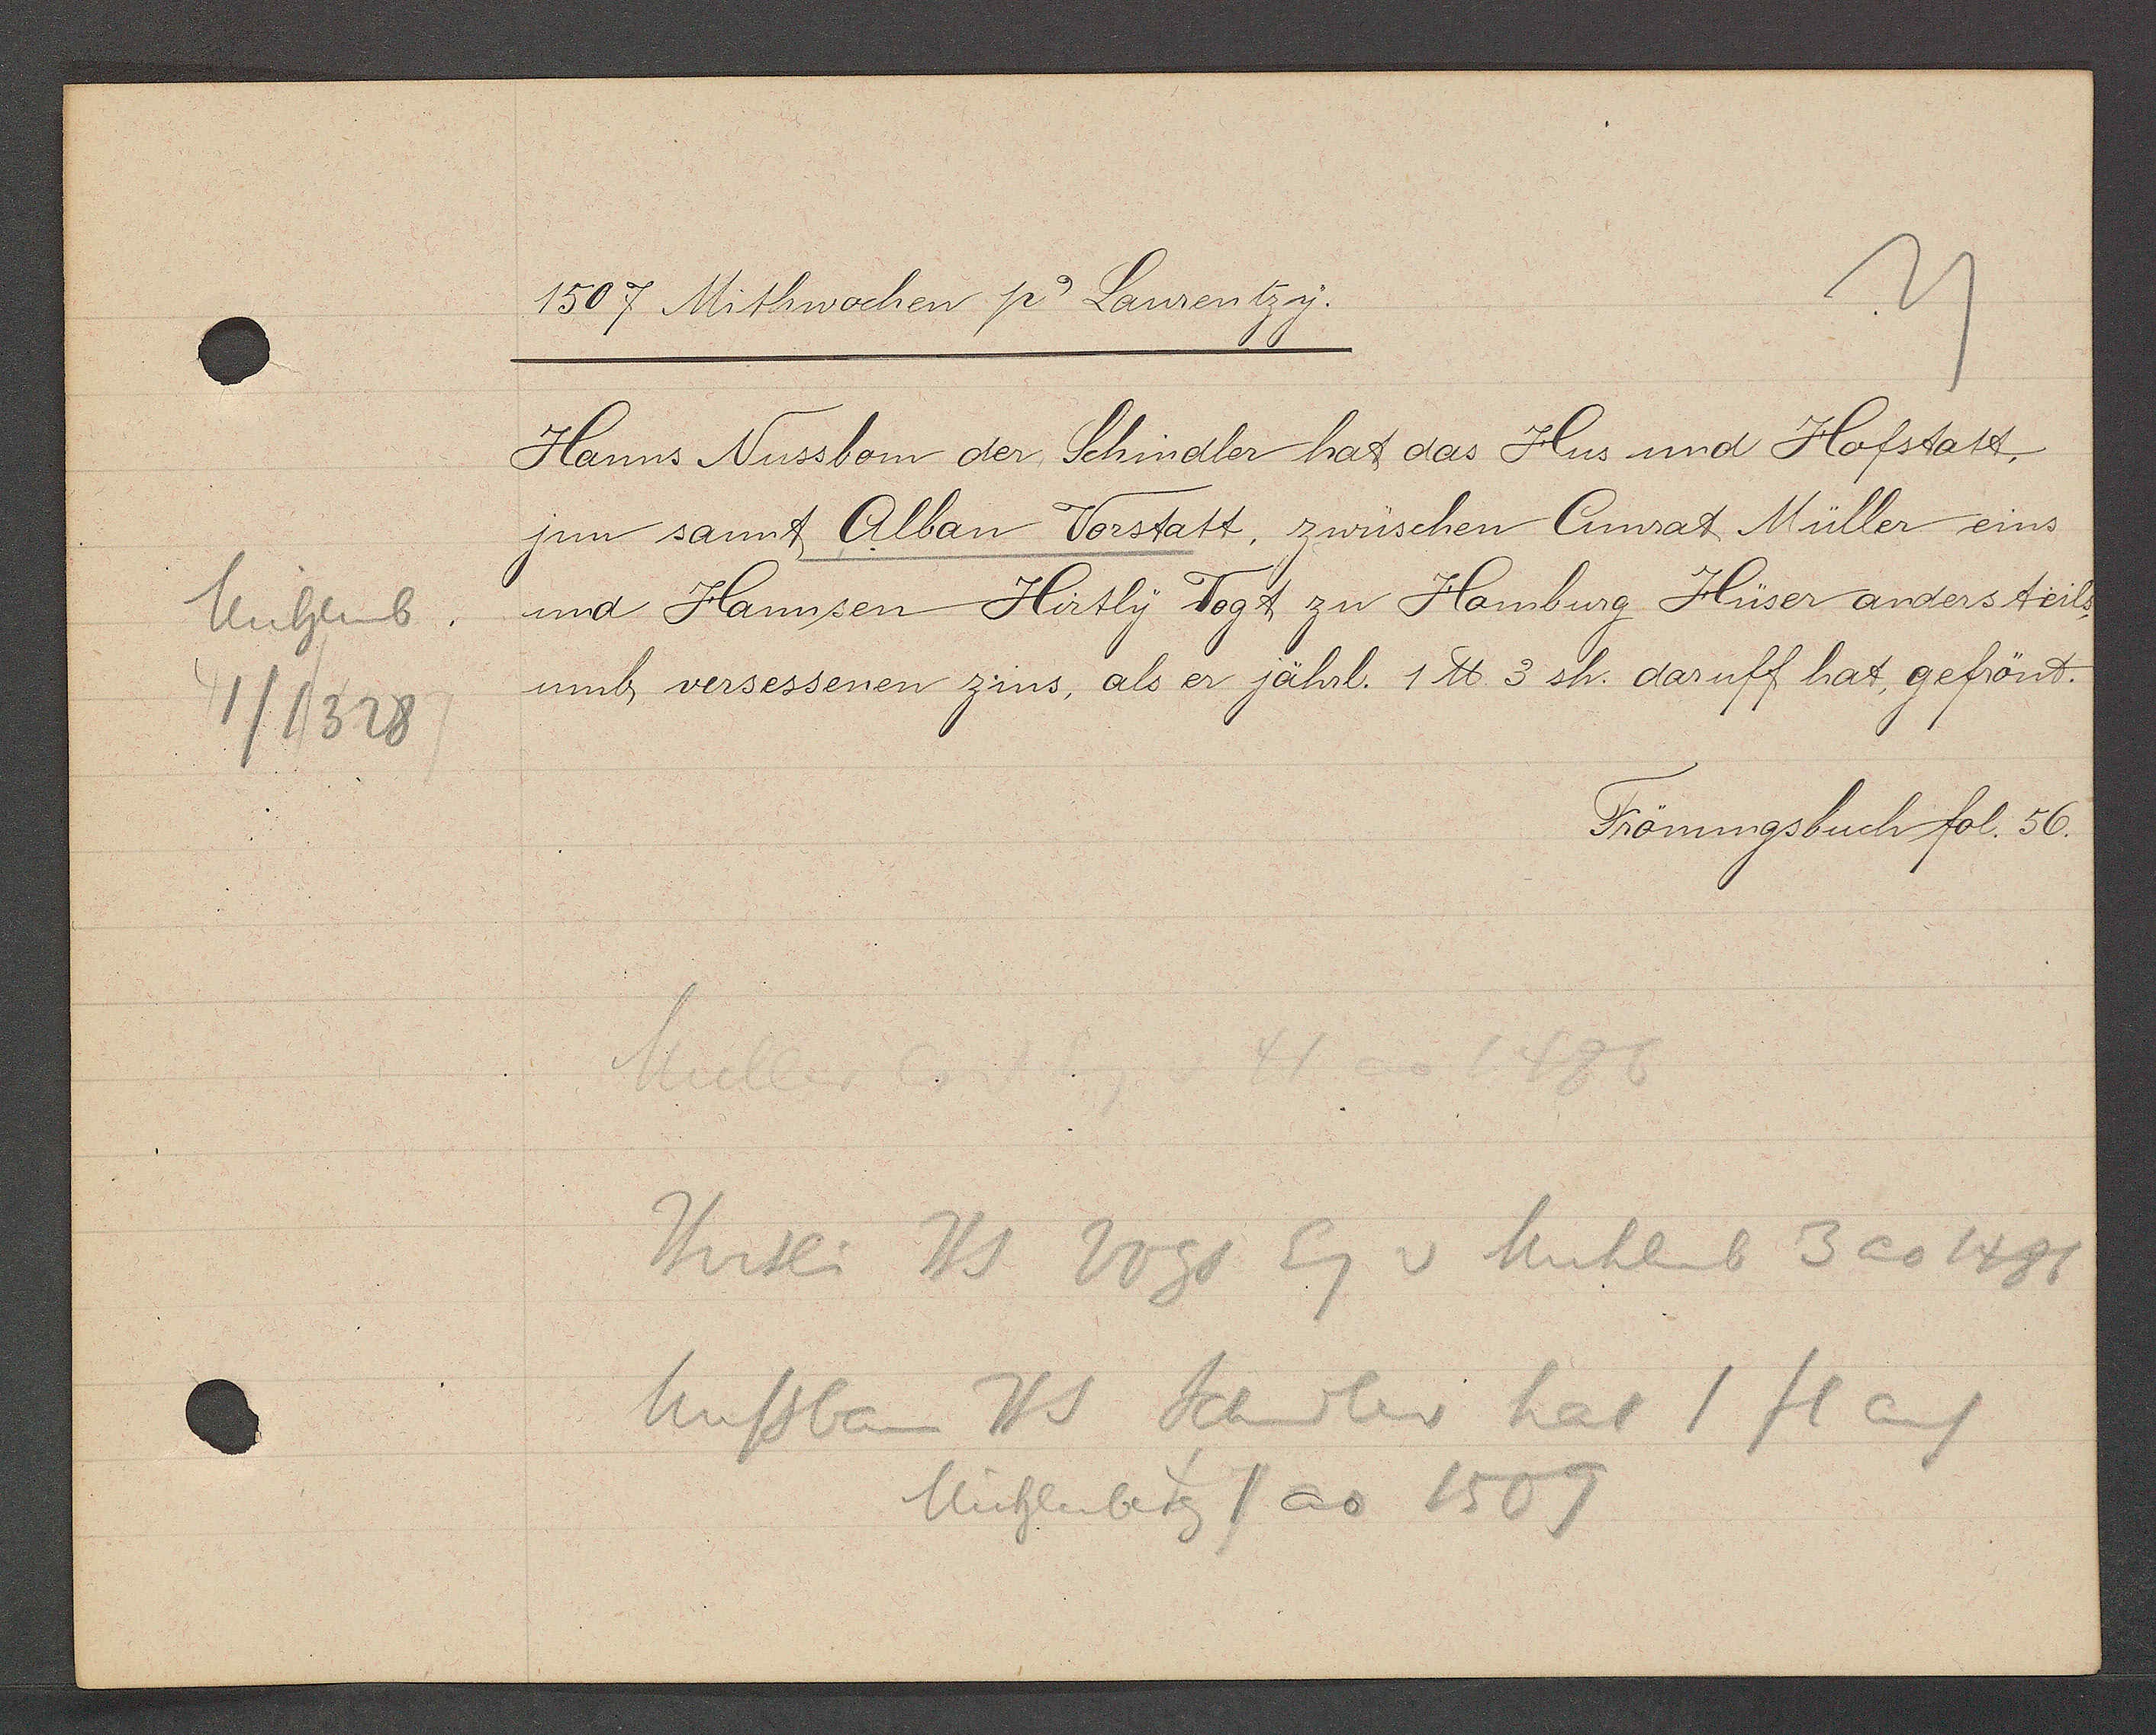
Transcript:
Mühlenb
1/1328

1507 Mithwochen p. Laurentzy.

Hanns Nussbom der Schindler hat das Hus und Hofstatt,
jnn sant Alban Vorstatt, zwüschen Anrat Müller eins
und Hannsen Hirtly Vogt zu Hamburg Hüser andersteils
umb versessenen zins, als er jährl. 1 ℔ 3 sh. daruff hat, gefrönt.

Frönungsbuch fol. 56.

Hirtli Hs Vogt Eg v Muhlenb 3 ao 1481
Nussbaum Hs Schindler hat 1 fl auf
Münchlerberg 1 ao 1509